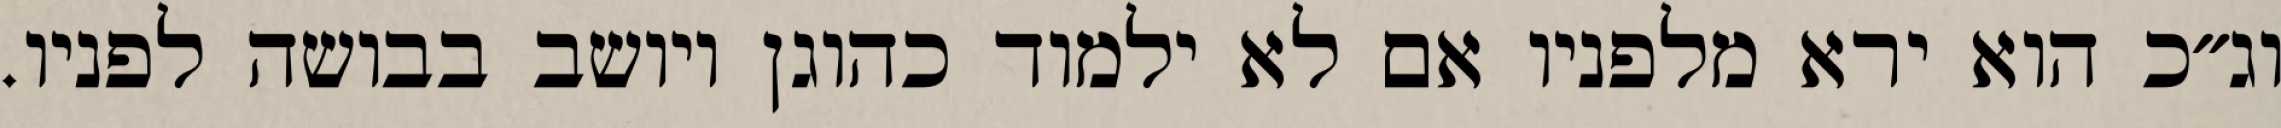
וג״כ הוא ירא מלפניו אם לא ילמוד כהוגן ויושב בבושה לפניו.